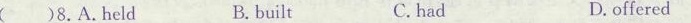
( )8.A.Held B.built C.had D.offered